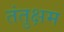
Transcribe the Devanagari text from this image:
तंतुक्षम